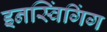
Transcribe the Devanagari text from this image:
इनस्विंगिंग